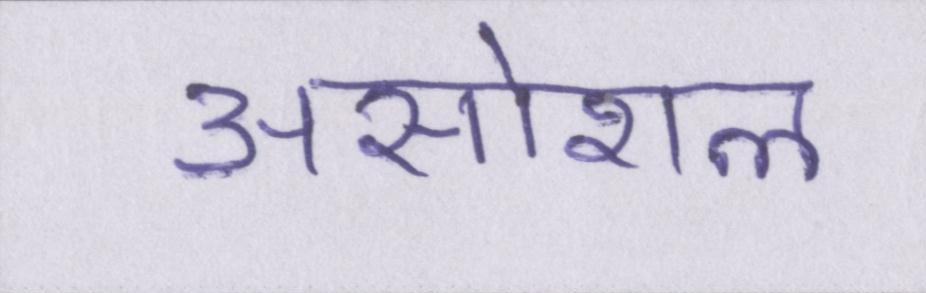
असोशल